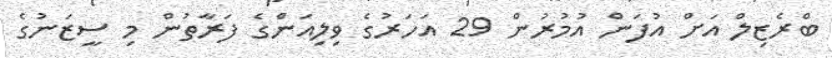
ބްރެޒިލް އަށް އުފަން އުމުރުން 29 އަހަރުގެ ވިލިއަންގެ ފަރާތުން މި ސީޒަނުގެ